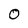
Character: 0